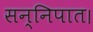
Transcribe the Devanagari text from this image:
सन्निपात।